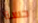
حسنا